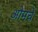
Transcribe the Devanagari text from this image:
ओमचे